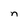
Character: n